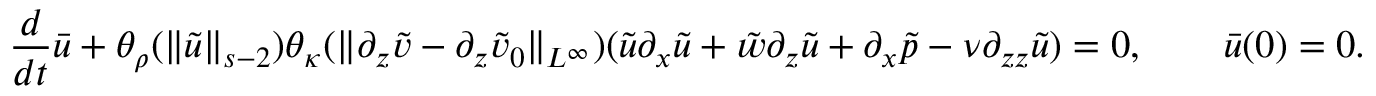
\frac { d } { d t } \bar { u } + \theta _ { \rho } ( \| \tilde { u } \| _ { s - 2 } ) \theta _ { \kappa } ( \| \partial _ { z } \tilde { v } - \partial _ { z } \tilde { v } _ { 0 } \| _ { L ^ { \infty } } ) ( \tilde { u } \partial _ { x } \tilde { u } + \tilde { w } \partial _ { z } \tilde { u } + \partial _ { x } \tilde { p } - \nu \partial _ { z z } \tilde { u } ) = 0 , \qquad \bar { u } ( 0 ) = 0 .